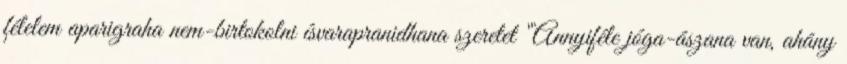
félelem aparigraha nem-birtokolni ísvarapranidhana szeretet "Annyiféle jóga-ászana van, ahány